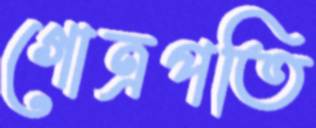
গোত্রপতি